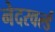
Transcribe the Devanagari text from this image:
नेदरवर्ल्ड